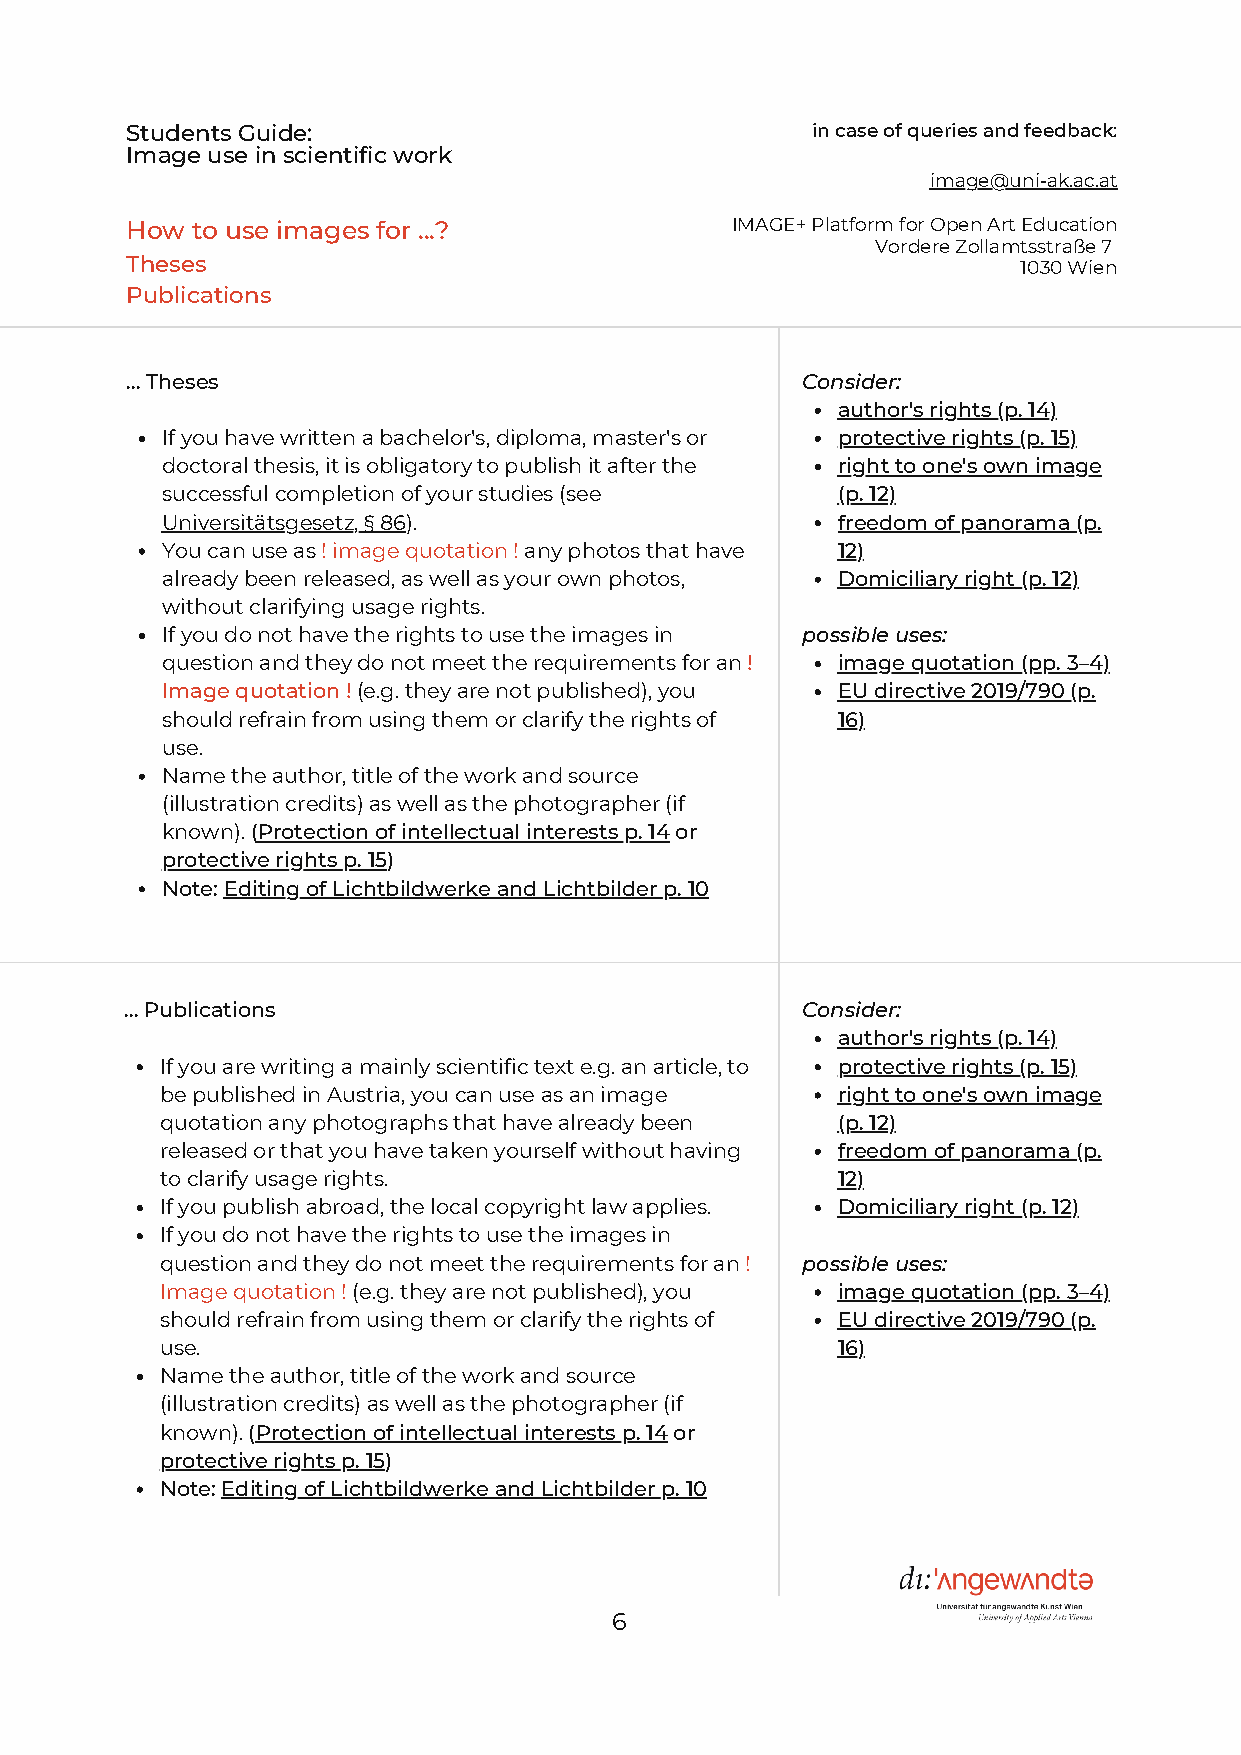
Students Guide:                               in case of queries and feedback:
 Image use in scientific work
 image@uni-ak.ac.at
 How  to use images for ...?             IMAGE+ Platform for Open Art Education
 Vordere Zollamtsstraße 7
 Theses                                                      1030 Wien
 Publications
 ... Theses                                   Consider:
 author's rights (p. 14)
 If you have written a bachelor's, diploma, master's or protective rights (p. 15)
 doctoral thesis, it is obligatory to publish it after the right to one's own image
 successful completion of your studies (see  (p. 12)
 Universitätsgesetz, § 86).                  freedom of panorama (p.
 You can use as ! image quotation ! any photos that have 12)
 already been released, as well as your own photos, Domiciliary right (p. 12)
 without clarifying usage rights.
 If you do not have the rights to use the images in possible uses:
 question and they do not meet the requirements for an ! image quotation (pp. 3–4)
 Image quotation ! (e.g. they are not published), you EU directive 2019/790 (p.
 should refrain from using them or clarify the rights of 16)
 use.
 Name the author, title of the work and source
 (illustration credits) as well as the photographer (if
 known). (Protection of intellectual interests p. 14 or
 protective rights p. 15)
 Note: Editing of Lichtbildwerke and Lichtbilder p. 10
 ... Publications                             Consider:
 author's rights (p. 14)
 If you are writing a mainly scientific text e.g. an article, to protective rights (p. 15)
 be published in Austria, you can use as an image right to one's own image
 quotation any photographs that have already been (p. 12)
 released or that you have taken yourself without having freedom of panorama (p.
 to clarify usage rights.                    12)
 If you publish abroad, the local copyright law applies. Domiciliary right (p. 12)
 If you do not have the rights to use the images in
 question and they do not meet the requirements for an ! possible uses:
 Image quotation ! (e.g. they are not published), you image quotation (pp. 3–4)
 should refrain from using them or clarify the rights of EU directive 2019/790 (p.
 use.                                        16)
 Name the author, title of the work and source
 (illustration credits) as well as the photographer (if
 known). (Protection of intellectual interests p. 14 or
 protective rights p. 15)
 Note: Editing of Lichtbildwerke and Lichtbilder p. 10
 6